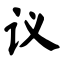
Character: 议